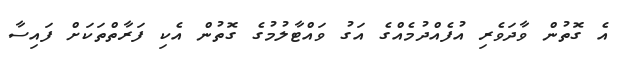
އެ ގޮތުން ވާދަވެރި އުފެއްދުމެއްގެ އަގު ވައްޓާލުމުގެ ގޮތުން އެކި ފަރާތްތަކަށް ފައިސާ